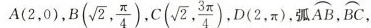
A(2，0)，B(\sqrt{2}, \frac{\pi}{4}),C(\sqrt{2}, \frac{3 \pi}{4}),D(2, \pi), 弧\stackrel\frown{AB}，\stackrel\frown{BC}，